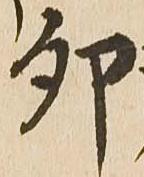
卯